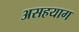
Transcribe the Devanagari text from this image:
असहयाग